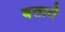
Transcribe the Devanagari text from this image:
बतातेे